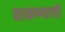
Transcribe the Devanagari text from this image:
ठाकण्याची